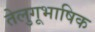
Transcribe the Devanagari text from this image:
तेलुगूभाषिक